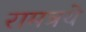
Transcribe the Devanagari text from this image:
रामत्रये